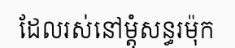
ដែលរស់នៅម្តុំសន្ធរម៉ុក